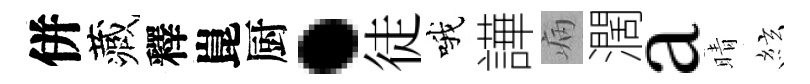
併藏釋崑厨·徒哦譁病濶a晴絃